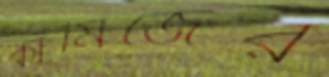
কামিজের